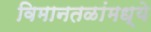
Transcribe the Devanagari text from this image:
विमानतळांमध्ये